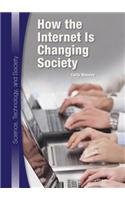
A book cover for How the Internet Is Changing Society (Science, Technology, and Society); Carla Mooney; Teen & Young Adult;